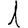
Digit: 1